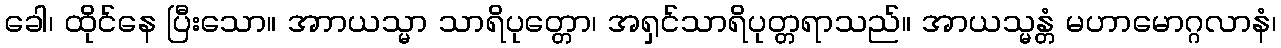
ခေါ၊ ထိုင်နေ ပြီးသော။ အာာယသ္မာ သာရိပုတ္တော၊ အရှင်သာရိပုတ္တရာသည်။ အာယသ္မန္တံ မဟာမောဂ္ဂလာနံ၊